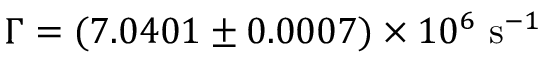
\Gamma = ( 7 . 0 4 0 1 \pm 0 . 0 0 0 7 ) \times 1 0 ^ { 6 } \ \mathrm { s } ^ { - 1 }